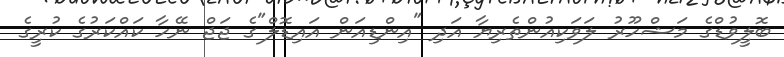
ބޮލީވުޑްގެ މަޝްހޫރު ލަވަކިއުންތެރިޔާ އަދި "އިންޑިއަން އައިޑޮލް"ގެ ޖަޖް ނޭހާ ކައްކަރުގެ ކުރީގެ